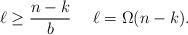
LaTeX: \begin{align*}\ell \geq \frac{n - k}{b}~~~~\ell = \Omega(n-k).\end{align*}